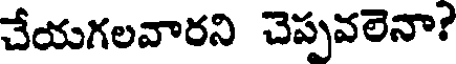
చేయగలవారని చెప్పవలెనా?